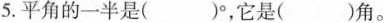
5.平角的一半是()°，它是()角。